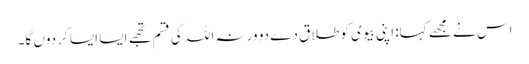
اس نے مجھے کہا: اپنی بیوی کو طلاق دے دو ورنہ اللہ کی قسم تجھے ایسا ایسا کر دوں گا۔